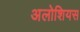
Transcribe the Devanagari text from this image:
अलोशियस